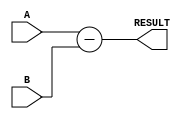
module subtractor (
    input [31:0] A,
    input [31:0] B,
    output [31:0] RESULT
);

assign RESULT = A - B;

endmodule